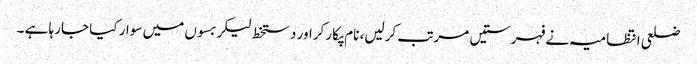
ضلعی انتظامیہ نے فہرستیں مرتب کرلیں، نام پکار کراور دستخط لیکر بسوں میں سوار کیا جارہا ہے ۔